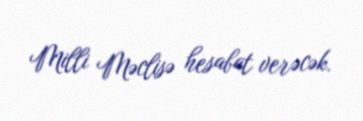
Milli Məclisə hesabat verəcək.